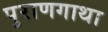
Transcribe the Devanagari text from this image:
पुराणगाथा